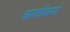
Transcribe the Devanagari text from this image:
चाबीबन्द